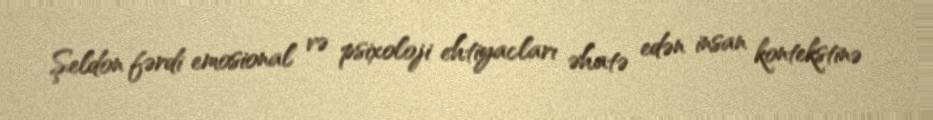
Şeldon fərdi emosional və psixoloji ehtiyacları əhatə edən insan kontekstinə